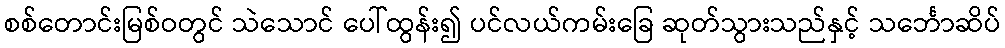
စစ်တောင်းမြစ်ဝတွင် သဲသောင် ပေါ်ထွန်း၍ ပင်လယ်ကမ်းခြေ ဆုတ်သွားသည်နှင့် သင်္ဘောဆိပ်